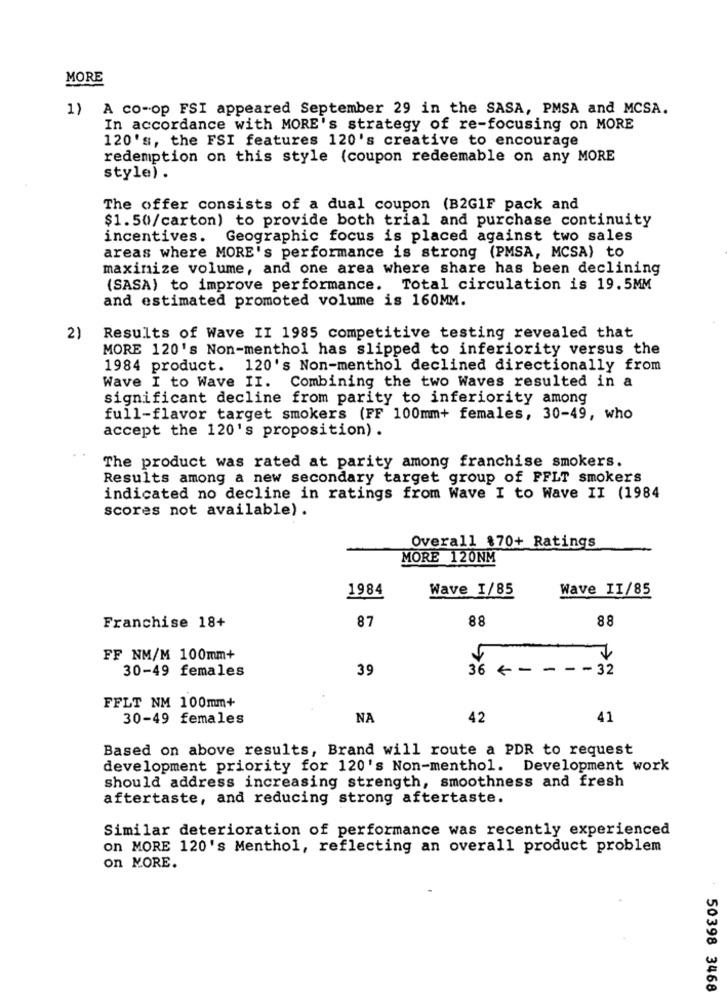
MORE
1)
A co-op FSI appeared September 29 in the SASA, PMSA and MCSA.
In accordance with MORE's strategy of re-focusing on MORE
120's, the FSI features 120's creative to encourage
redemption on this style (coupon redeemable on any MORE
style) .
The offer consists of a dual coupon (B2G1F pack and
$1.50/carton) to provide both trial and purchase continuity
incentives. Geographic focus is placed against two sales
areas where MORE's performance is strong (PMSA, MCSA) to
maximize volume, and one area where share has been declining
(SASA) to improve performance. Total circulation is 19.5MM
and estimated promoted volume is 160MM.
2)
Results of Wave II 1985 competitive testing revealed that
MORE 120's Non-menthol has slipped to inferiority versus the
1984 product. 120's Non-menthol declined directionally from
Wave I to Wave II.
Combining the two Waves resulted in a
significant decline from parity to inferiority among
full-flavor target smokers (FF 100mm+ females, 30-49, who
accept the 120's proposition) .
The product was rated at parity among franchise smokers.
Results among a new secondary target group of FFLT smokers
indicated no decline in ratings from Wave I to Wave II (1984
scores not available).
Overall $70+ Ratings
MORE 120NM
1984
Wave 1/85
Wave II/85
Franchise 18+
87
88
88
FF NM/M 100mm+
30-49 females
39
36 - - --- 32
FFLT NM 100mm+
30-49 females
NA
42
41
Based on above results, Brand will route a PDR to request
development priority for 120's Non-menthol. Development work
should address increasing strength, smoothness and fresh
aftertaste, and reducing strong aftertaste.
Similar deterioration of performance was recently experienced
on MORE 120's Menthol, reflecting an overall product problem
on MORE.
50398 3468